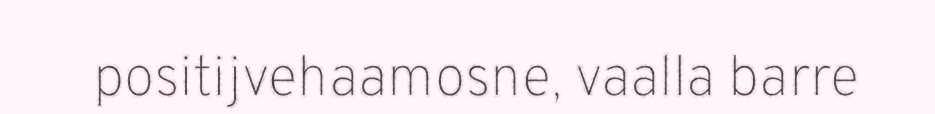
positijvehaamosne, vaalla barre